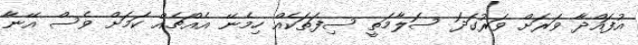
އުފައްދާ ވަރަށް ވަރުގަދަ ސަލާމަތީ ސިފަތަކެއް ހިމެނޭ އެއްޗެއް ކަމަށް ވެސް އޭނާ